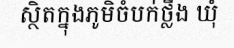
ស្ថិតក្នុងភូមិចំបក់ថ្លឹង ឃុំ